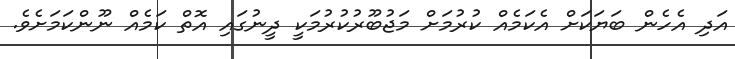
އަދި އެހެން ބަޔަކަށް އެކަމެއް ކުރުމަށް މަޖުބޫރުކުރުމަކީ ދީނުގައި އޮތް ކަމެއް ނޫންކަމަށެވެ.